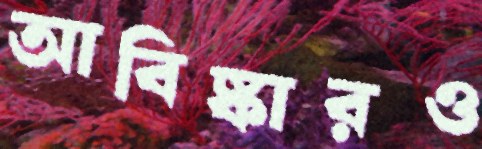
আবিষ্কারও